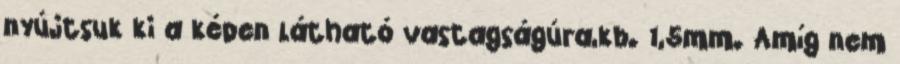
nyújtsuk ki a képen látható vastagságúra,kb. 1,5mm. Amíg nem